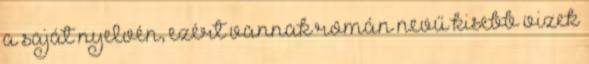
a saját nyelvén, ezért vannak román nevű kisebb vizek